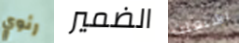
رئوي الضمير اشتعلت